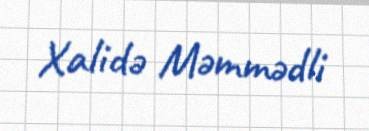
Xalidə Məmmədli